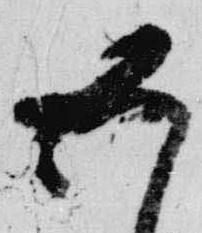
五